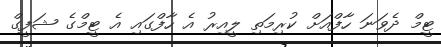
ޓީމް ދެވަނަ ހާފްއަށް ކުރިމަތި ލީއިރު އެ ހާފްގައި އެ ޓީމްގެ ޝަފީގް